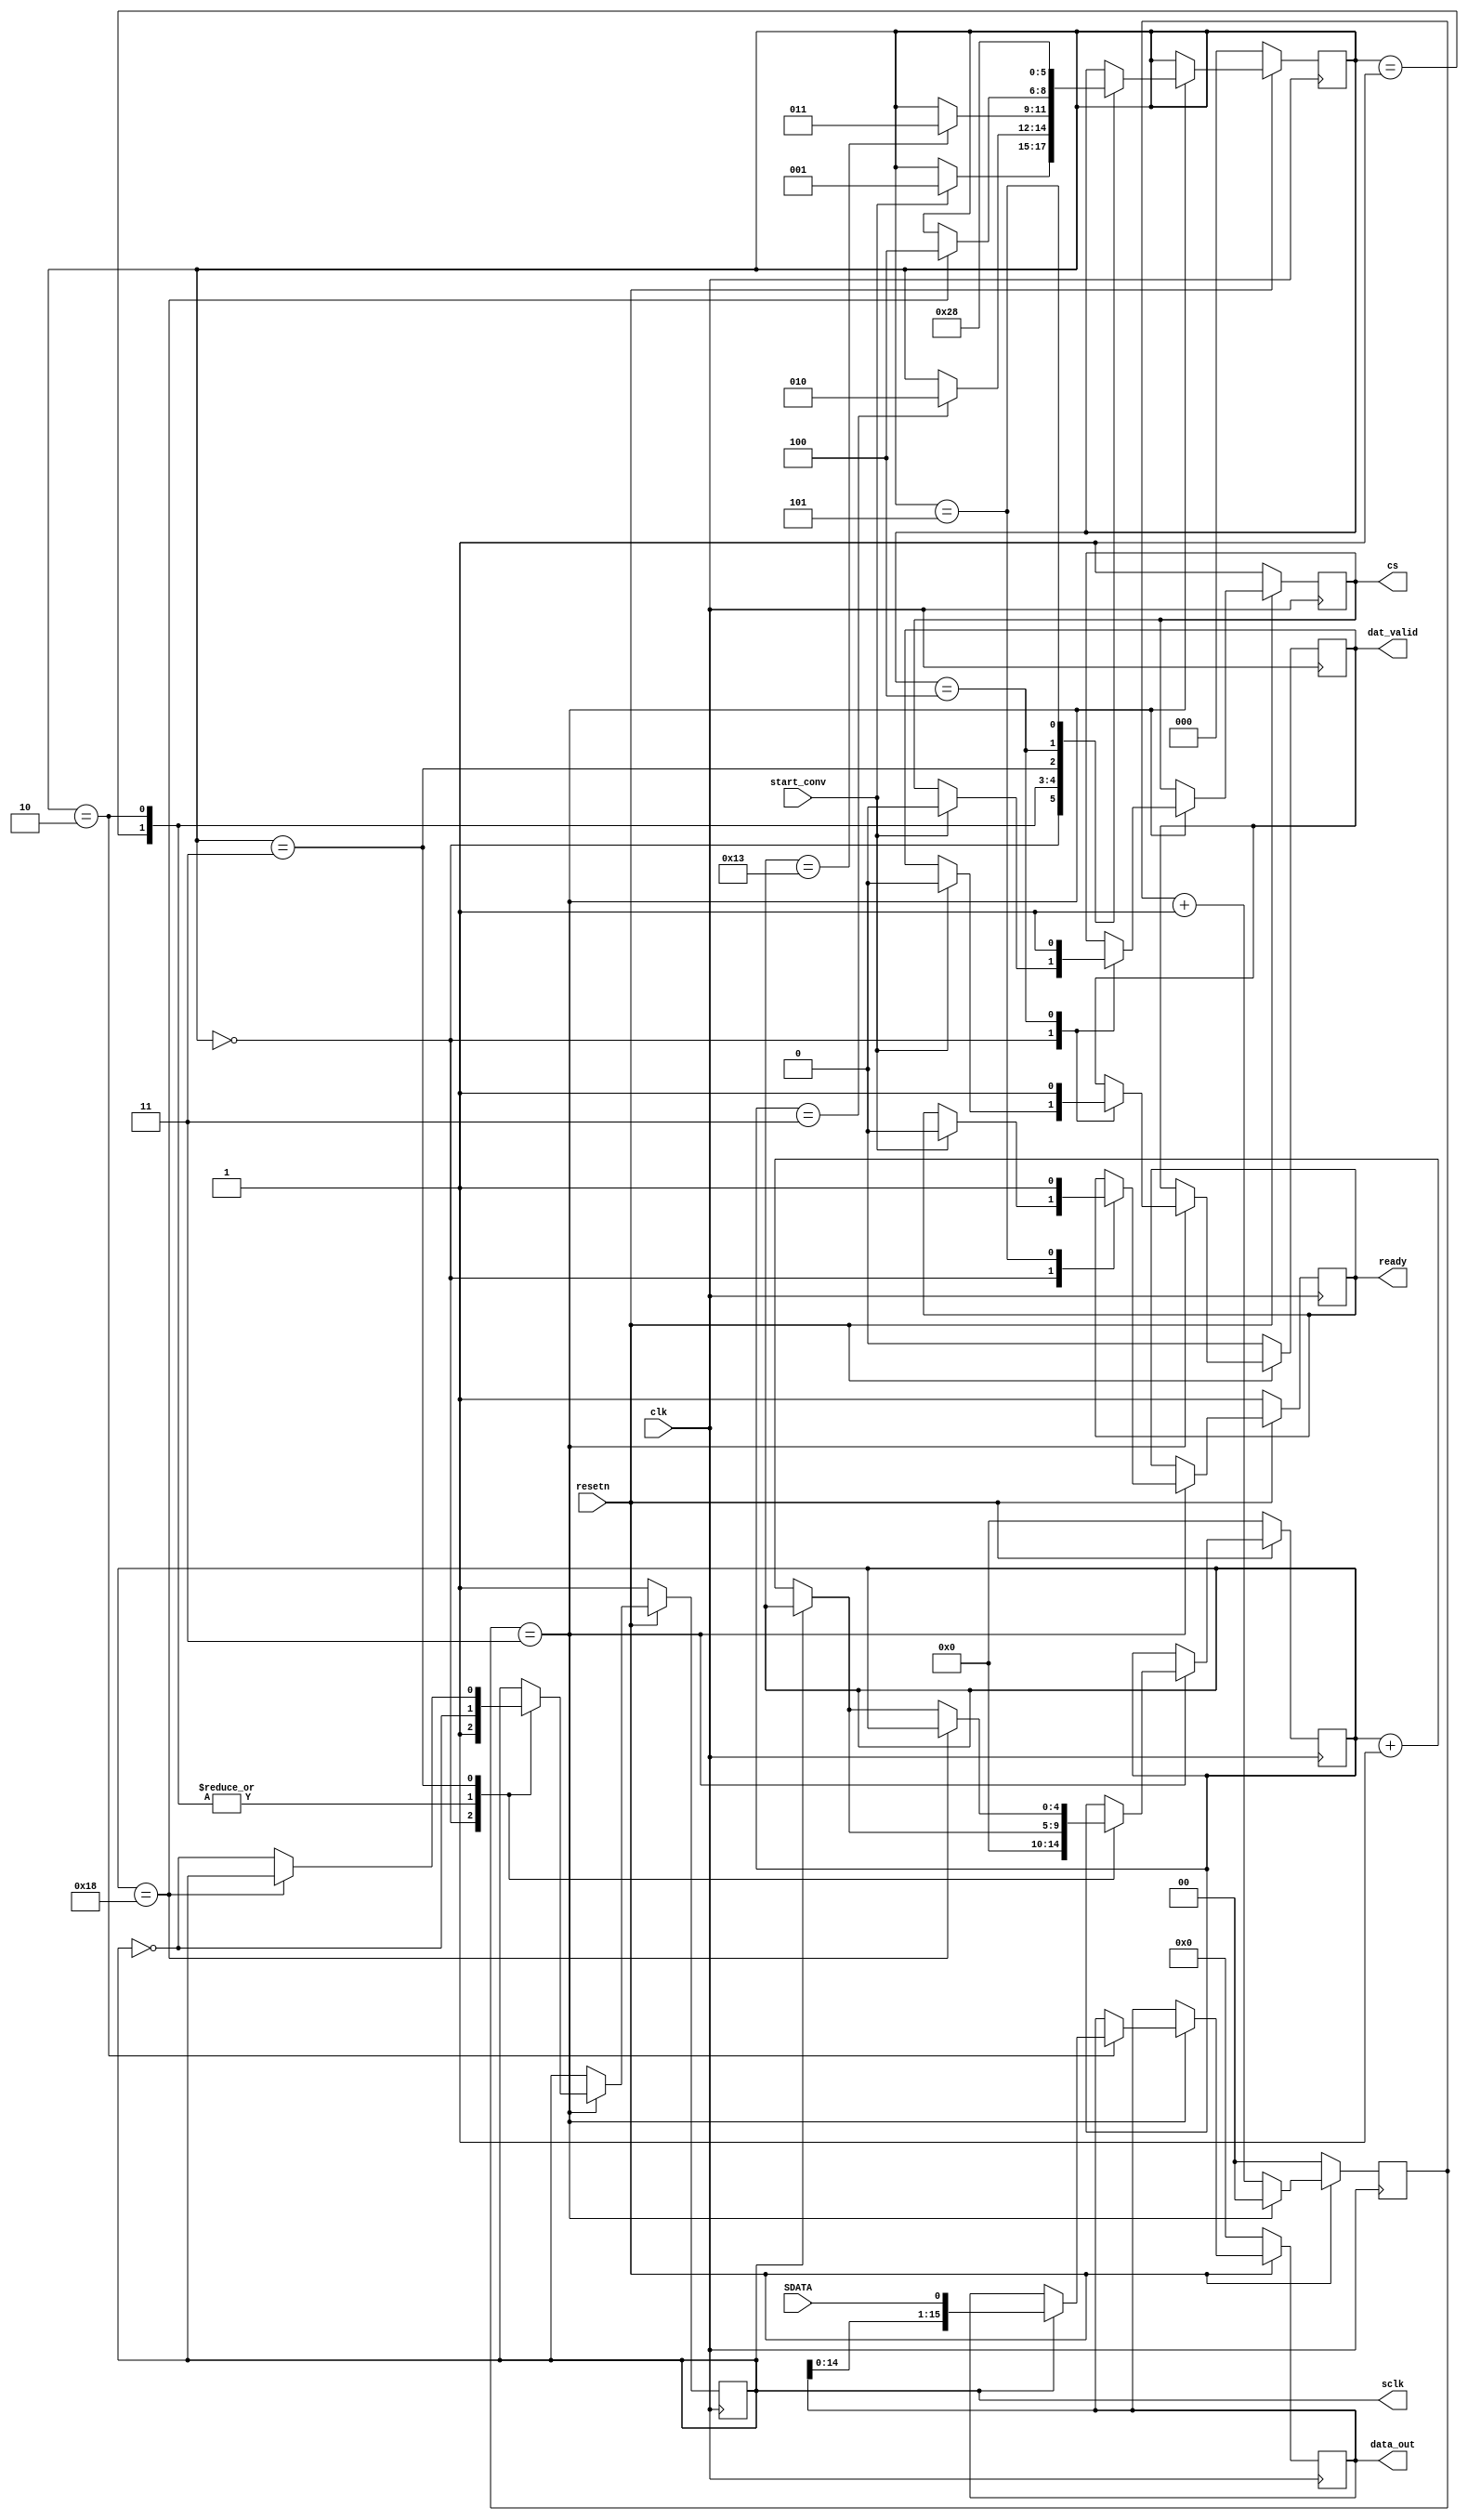

module audio_adc_read(
	input clk,
	input resetn,
	// serial ADC
	output reg cs,
	output reg sclk,
	input SDATA,
	//
	output reg [15:0] data_out,
	output reg ready,
	output reg dat_valid,
	input  start_conv
);

reg	[2:0] state, next_state;
reg	next_sclk, next_cs;
reg [4:0] bit_cnt, next_bit_cnt;
reg [15:0] next_data_out;
reg next_ready, next_dat_valid;
reg [1:0] clk_dividor;


always @ (posedge clk)
begin
	if (~resetn)
	begin
		cs <= 1;
		sclk <= 1;
		bit_cnt <= 0;
		data_out <= 0;
		ready <= 1;
		dat_valid <= 0;
		clk_dividor <= 0;
		state <=0;
	end
	else
	begin
		if (clk_dividor==3)
		begin
			cs <= next_cs;
			sclk <= next_sclk;
			bit_cnt <= next_bit_cnt;
			data_out <= next_data_out;
			ready <= next_ready;
			dat_valid <= next_dat_valid;
			state <= next_state;
			clk_dividor <= 0;
		end
		else
			clk_dividor <= clk_dividor + 1;
	end
end

always @ *
begin
	next_cs = cs;
	next_sclk = sclk;
	next_bit_cnt = bit_cnt;
	next_data_out = data_out;
	next_ready = ready;
	next_dat_valid = dat_valid;
	next_state = state;

	case (state)
		0:
		begin
			next_bit_cnt = 0;
			next_sclk = 1;
			if (start_conv)
			begin
				next_ready = 0;
				next_state = 1;
				next_cs = 0;
				next_dat_valid = 0;
			end
		end

		1:
		begin
			next_sclk = ~sclk;
			if (~sclk)
				next_bit_cnt = bit_cnt + 1;
			if (bit_cnt==3)
				next_state = 2;
		end

		2:
		begin
			next_sclk = ~sclk;
			if (~sclk)
				next_bit_cnt = bit_cnt + 1;
			else
				next_data_out = {data_out[14:0], SDATA};

			if (bit_cnt==19)
				next_state = 3;
		end

		3:
		begin
			if (bit_cnt==24)
				next_state = 4;
			else
			begin
				next_sclk = ~sclk;
				if (~sclk)
					next_bit_cnt = bit_cnt + 1;
			end
		end

		4:
		begin
			next_cs = 1;
			next_dat_valid = 1;
			next_state = 5;
		end

		5:
		begin
			next_ready = 1;
			next_state = 0;
		end
		
	endcase
end
endmodule